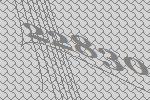
22830